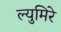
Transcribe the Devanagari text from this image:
ल्युमिरे